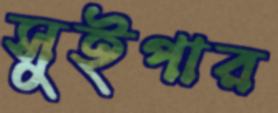
সুইপার